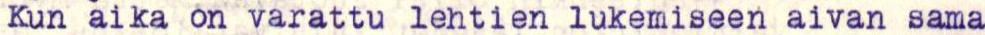
Kun aika on varattu lehtien lukemiseen aivan sama